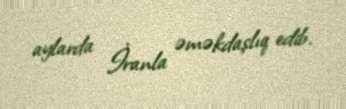
aylarda İranla əməkdaşlıq edib.